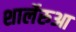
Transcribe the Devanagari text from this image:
शार्लेरुआ